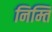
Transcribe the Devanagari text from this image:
निम्ति